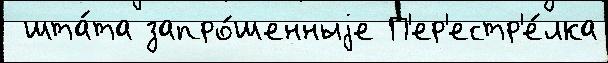
 шта́та запро́шенныjе П'ер'естр'е́лка